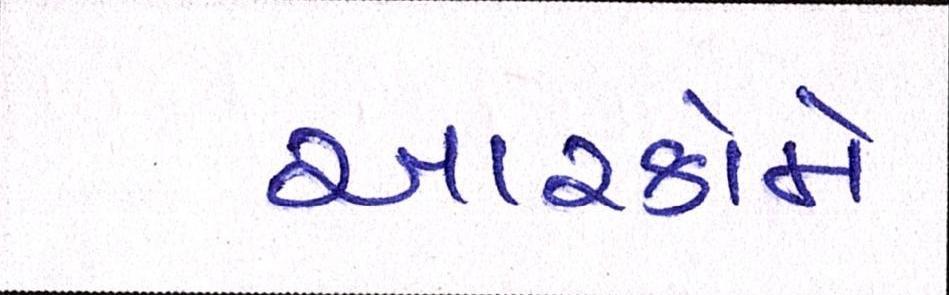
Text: આરકોમે